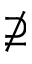
\nsupseteq